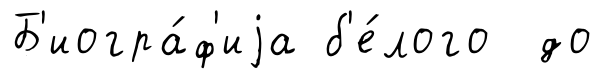
Б'иогра́ф'иjа б'е́лого до